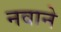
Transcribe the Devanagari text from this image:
नवाने